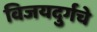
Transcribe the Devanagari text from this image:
विजयदुर्गचे